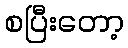
စပြီးတော့